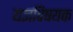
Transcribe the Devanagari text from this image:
यज्ञविषयक